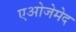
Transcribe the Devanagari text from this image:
एओजेमेद